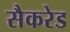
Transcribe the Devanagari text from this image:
सैकरेड